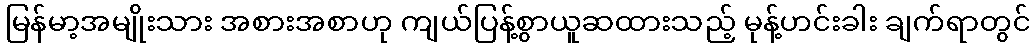
မြန်မာ့အမျိုးသား အစားအစာဟု ကျယ်ပြန့်စွာယူဆထားသည့် မုန့်ဟင်းခါး ချက်ရာတွင်